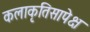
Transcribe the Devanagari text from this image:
कलाकृतिसापेक्ष